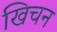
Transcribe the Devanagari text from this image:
खिचन